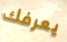
يعرفك